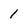
Character: 1